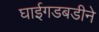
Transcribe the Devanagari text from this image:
घाईगडबडीने